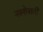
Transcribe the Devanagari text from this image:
नक़्शेवाली